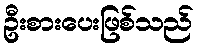
ဦးစားပေးဖြစ်သည်